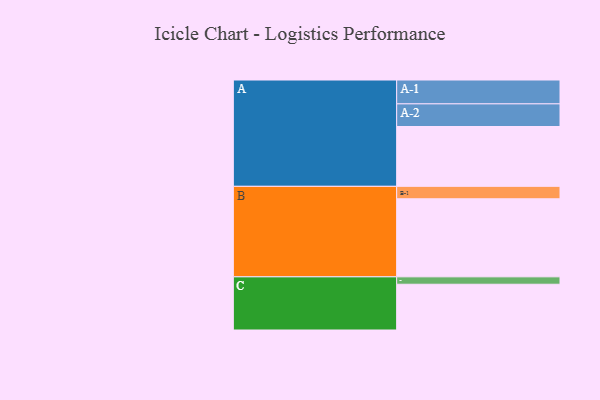
{"axis": {"x": "Segment", "y": "Value"}, "legend": ["", "A", "B", "C"], "data": [{"x": "A", "y": 404, "type": ""}, {"x": "B", "y": 527, "type": ""}, {"x": "C", "y": 309, "type": ""}, {"x": "A-1", "y": 161, "type": "A"}, {"x": "A-2", "y": 153, "type": "A"}, {"x": "B-1", "y": 84, "type": "B"}, {"x": "C-1", "y": 50, "type": "C"}]}